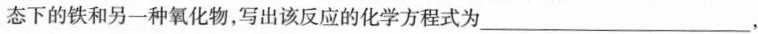
态下的铁和另一种氧化物，写出该反应的化学方程式为___，